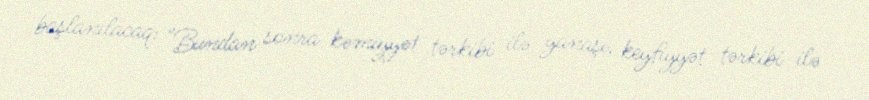
başlanılacaq: "Bundan sonra kəmiyyət tərkibi ilə yanaşı, keyfiyyət tərkibi ilə